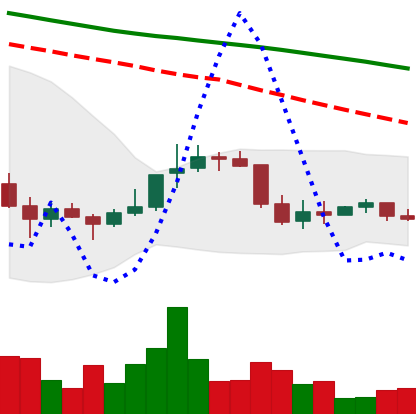
Ticker: DOGE-USD
Chart end date: 2022-01-04
Forward return: -10.508%
Label: down_7plus